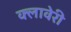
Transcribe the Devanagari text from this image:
क्लावेरी